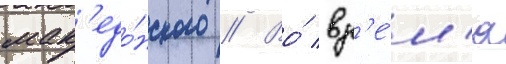
мак'едо́нского // Во́ вр'е́м'я